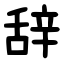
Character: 辞